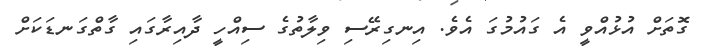
ގޮތަށް އުޅުއްވީ އެ ގައުމުގަ އެވެ. އިނގިރޭސި ވިލާތުގެ ސިއްހީ ދާއިރާގައި ގާތްގަނޑަކަށް